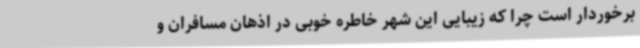
برخوردار است چرا که زیبایی این شهر خاطره خوبی در اذهان مسافران و